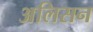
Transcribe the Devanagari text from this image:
अलिसन